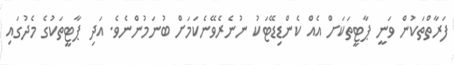
ފަރާތްތަކުން ވަނީ ޕާޓީތަކަށް އެއް ކެންޑިޑޭޓަކު ނުނެރެވޭނެކަމަށް ބުނަމުންނެވެ. އަދި ޕާޓީތަކުގެ މެދުގައި